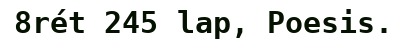
8rét 245 lap, Poesis.